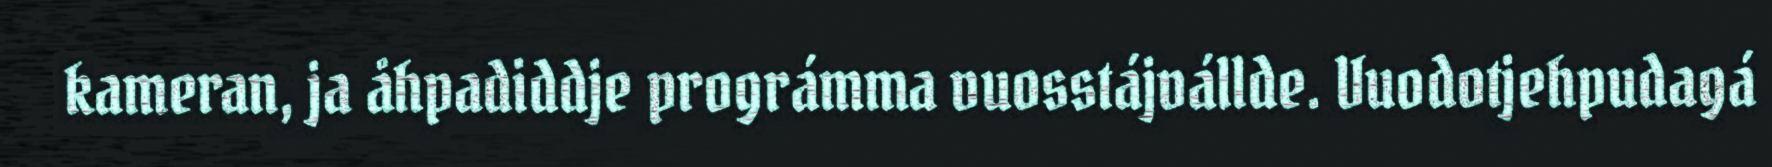
kameran, ja åhpadiddje prográmma vuosstájvállde. Vuodotjehpudagá